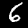
Label: 6